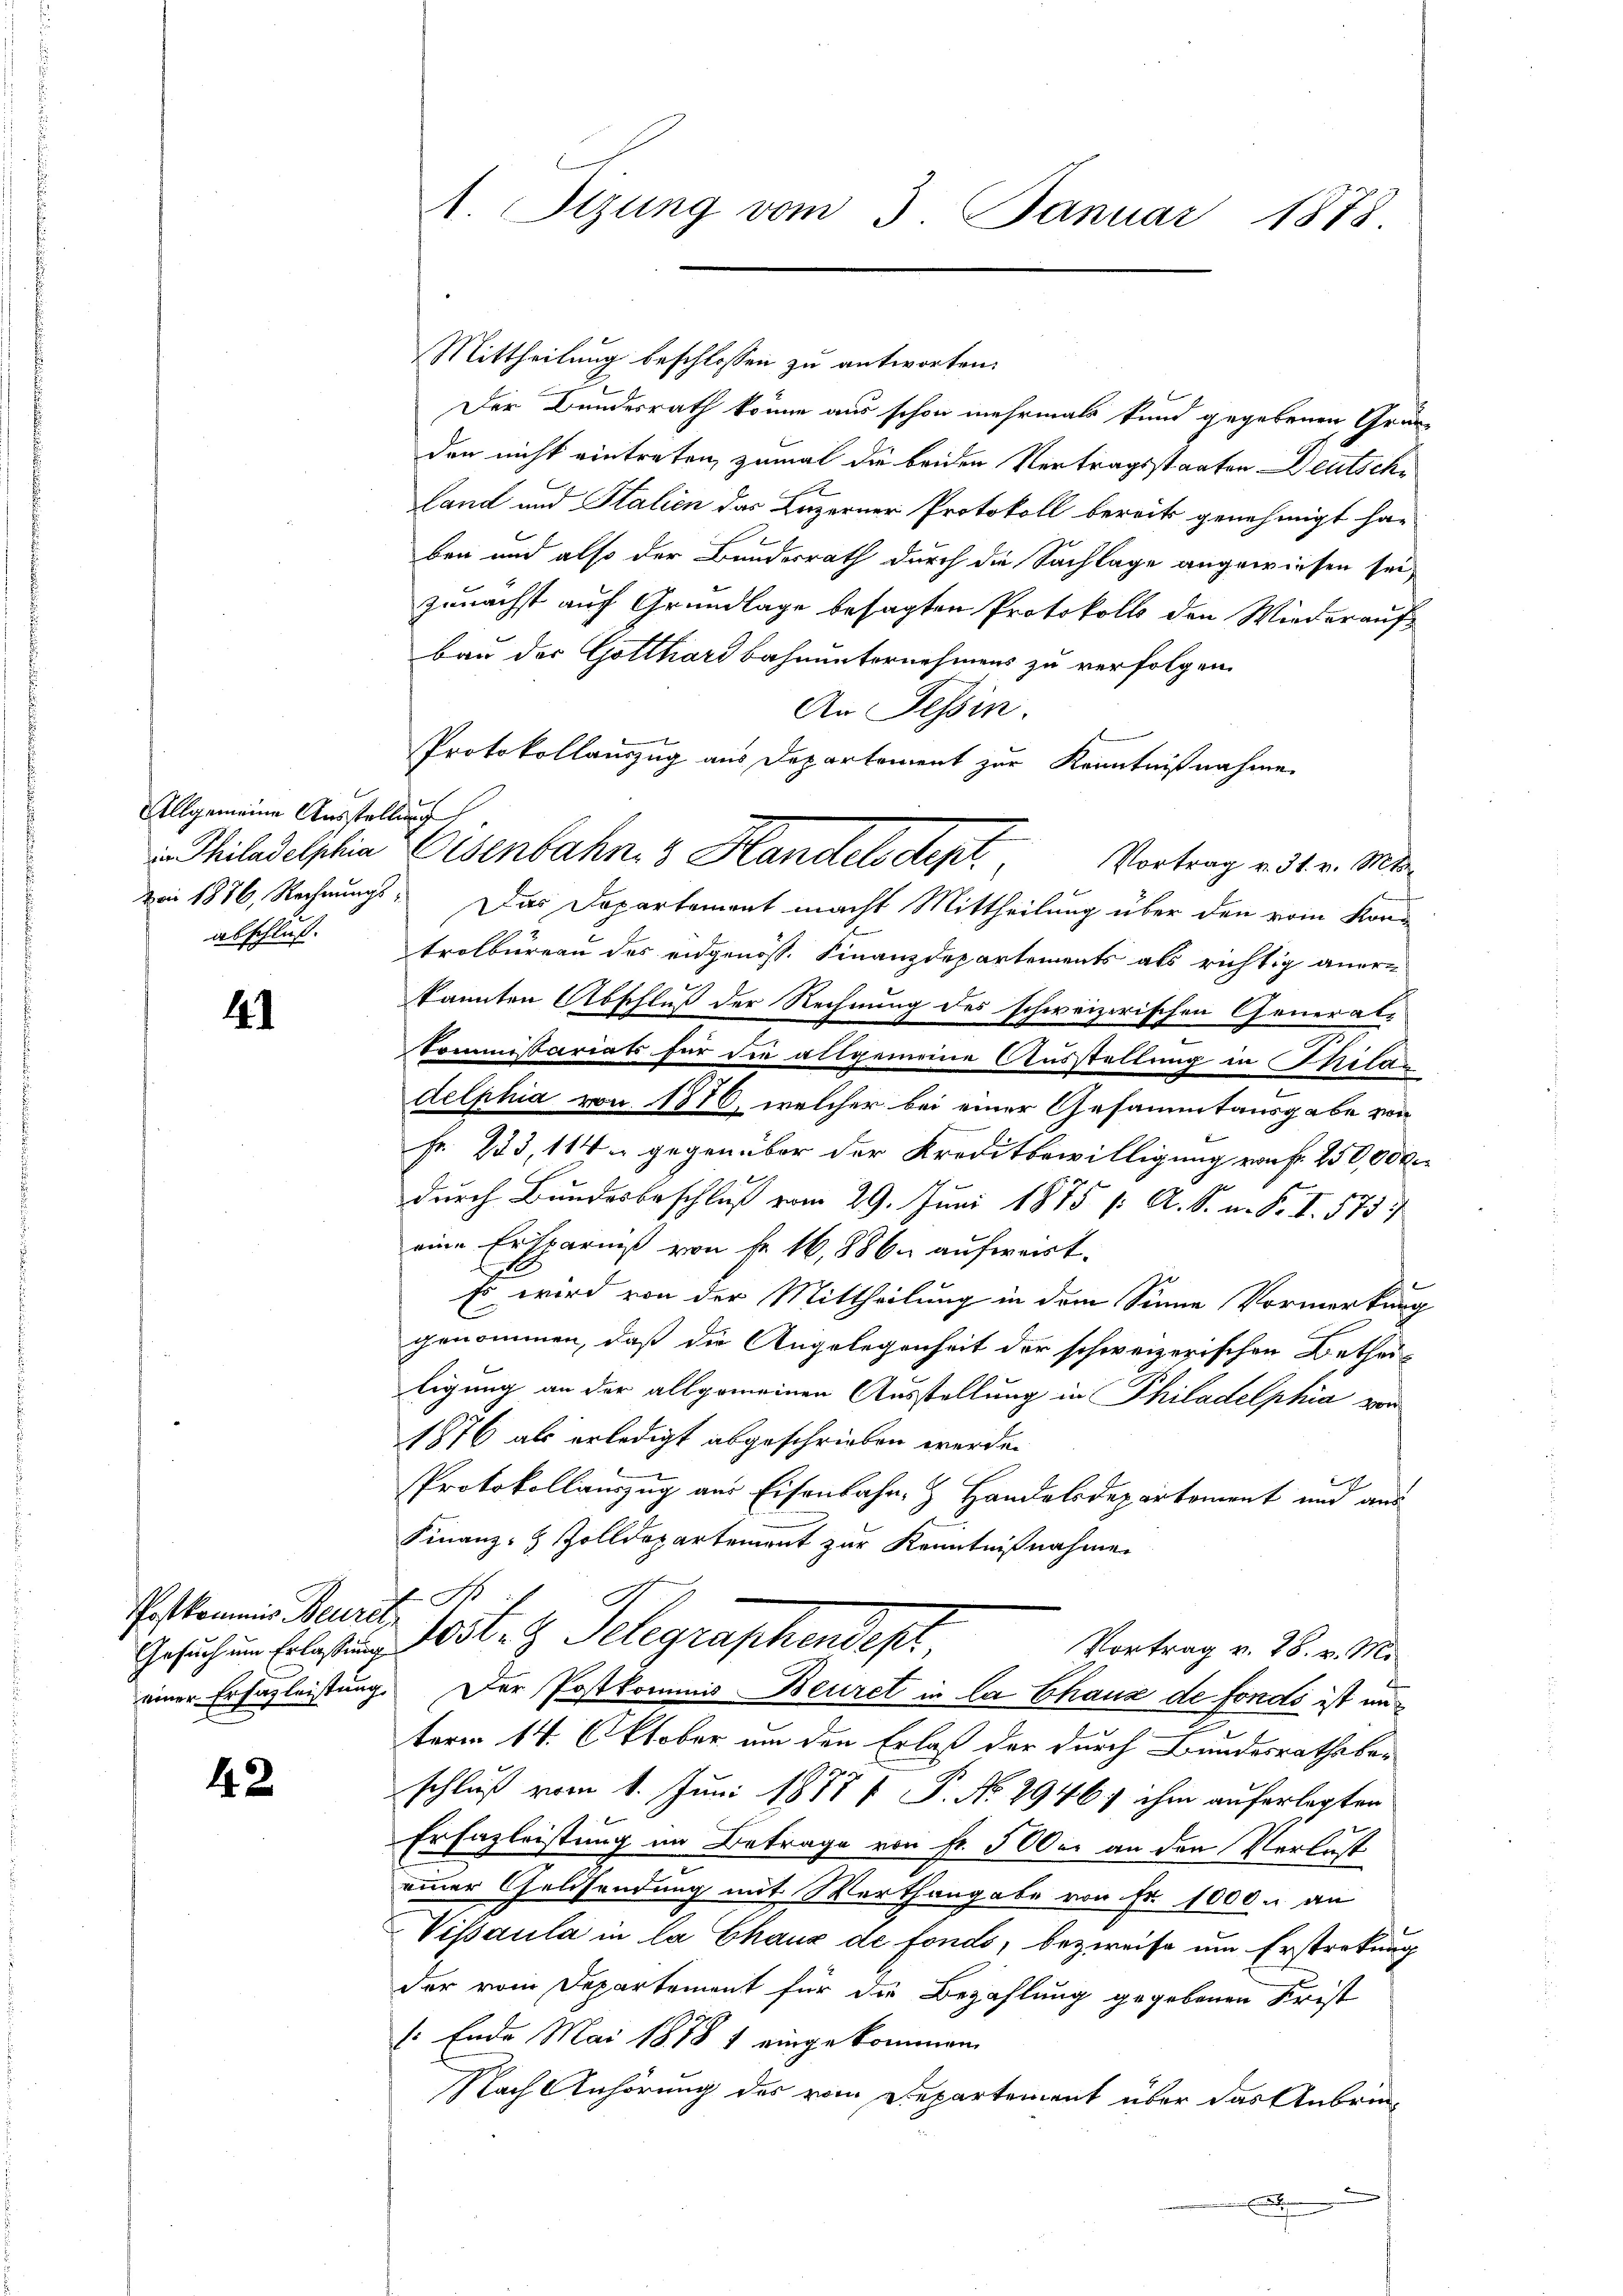
41

Postkommis Beurel,

42

Allgemeine Ausstellung

1 Sizung vom 3. Januar 1878.

Mittheilung beschlossen zu antworten.
Der Bundesrath könne aus schon mehrmals kund gegebenen Grunden nicht eintreten, zumal die beiden Vertragsstaaten Deutschland und Stalien das Luzerner Protokoll bereits genehmigt ha-
ben und also der Bundesrath durch die Sachlage angewiesen sei,
zunächst auf Grundlage besagten Protokolls den Wiederauf
bau der Gotthardbahnunternehmens zu verfolgen.
An Tessin.
Protokollauszug aus Departement zur Kenntnißnahme
vei 1876, Rechnungs- Das Departement macht Mittheilung über den vom Konabschluß. Erolbureau des eidgenöss. Finanzdepartements als richtig aner-
kannten Abschluß der Rechnung des schweizerischen General-
Sommissariats für die allgemeine Ausstellung in titu
delphia von 1886, welcher bei einer Gesammtausgabe von
Fr. 253, 114 u gegenüber der Kreditbewilligung von fr. 250,000.
durch Bundesbeschluß vom 29. Juni 1875 /: A. S. m. S. I. 575)
eine Ersparniß von fr. 16,886 aufweist.
Es wird von der Mittheilung in dem Sinne Vormerkung
genommen, daß die Angelegenheit der schweizerischen Betheiligung an der allgemeinen Ausstellung in Philadelphia vor
1876 als erledigt abgeschrieben werde.
Protokollauszug aus Eisenbahn- & Handelsdepartoment und aus
Finanz- & Zolldepartement zur Kenntnißnahme
1 S.
Gesuchung belasten Tit. G. Telegraphendept,
Vortrag v. 28. v. M.
einer Erhazleistung. Der Postkommis Beuret in la Chaus de fonds ist un
term 14. Oktober um den Erlaß der durch Bundesrathsbeschluß vom 1. Juni 1888 f. P. No 2946, ihm auferlegten
Erfazleistung im Betrage von Fr. 500 an den Verlust
einer Geldsendung mit Werthangabe von Fr. 1000 u an
Visaula in la Chaux de fonds, bezweife um Erstreckung
der vom Departement für die Bezahlung gegebenen Krist
/. Ende Mai 1878 1 eingekommen,
Nach Anhörung des vom Departement über das Anbrin-
e

Philadelphia Eisenbahn, 3 Handelsdept. Vortrag v. 31. v. Mts.